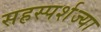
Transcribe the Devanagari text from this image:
सहस्पर्शज्या